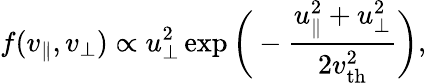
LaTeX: f(v_{\parallel},v_{\perp})\propto u_{\perp}^{2}\exp\bigg(-\frac{u_{\parallel}^{2}+u_{\perp}^{2}}{2v_{\mathrm{th}}^{2}}\bigg),